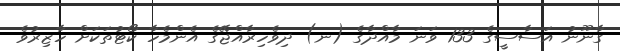
ގާނޫނު އަސާސީގެ 133 ވަނަ މާއްދާގެ (ނ) ދިވެހިރާއްޖޭގެ އެންމެހާ ކޯޓުތަކަށް ހާޒިރުވެ